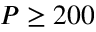
P \ge 2 0 0